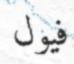
فيول